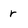
Character: r